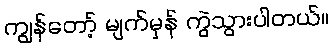
ကျွန်တော့် မျက်မှန် ကွဲသွားပါတယ်။